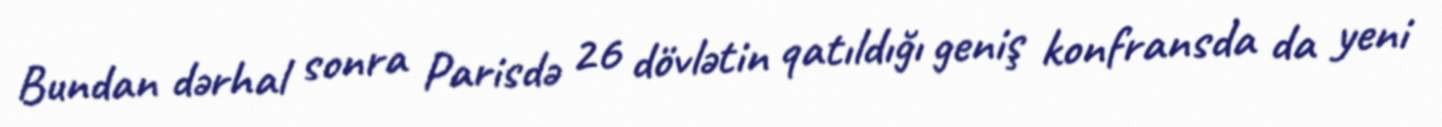
Bundan dərhal sonra Parisdə 26 dövlətin qatıldığı geniş konfransda da yeni